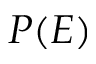
P ( E )